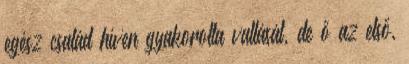
egész család híven gyakorolta vallását, de ő az első,